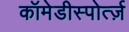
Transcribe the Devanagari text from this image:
कॉमेडीस्पोर्त्ज़